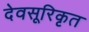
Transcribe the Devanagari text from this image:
देवसूरिकृत